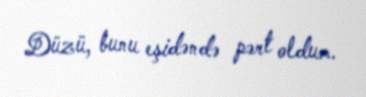
Düzü, bunu eşidəndə pərt oldum.